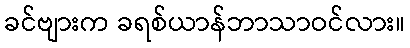
ခင်ဗျားက ခရစ်ယာန်ဘာသာဝင်လား။